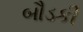
બૌડકી